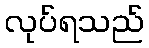
လုပ်ရသည်